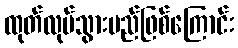
ထုတ်လုပ်သွားမည်ဖြစ်ကြောင်း